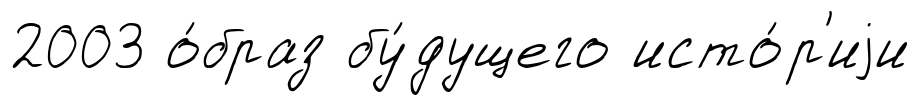
2003 о́браз бу́дущего исто́р'иjи